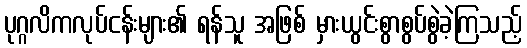
ပုဂ္ဂလိကလုပ်ငန်းများ၏ ရန်သူ အဖြစ် မှားယွင်းစွာစွပ်စွဲခဲ့ကြသည့်